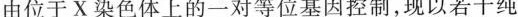
由位于X染色体上的一对等位基因控制，现以若干纯